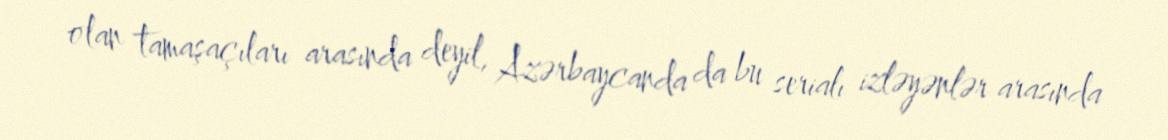
olan tamaşaçıları arasında deyil, Azərbaycanda da bu serialı izləyənlər arasında